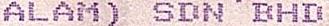
ALAM) SDN BHD